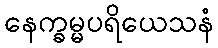
နေက္ခမ္မပရိယေသနံ